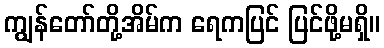
ကျွန်တော်တို့အိမ်က ရေကပြင် ပြင်ဖို့မရှိ။